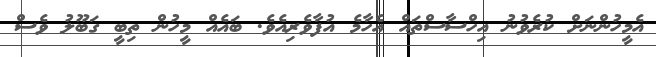
އެމީހުންނަށް ކުރެވުނު އިހްސާސްތައް އެހާމެ އުފާވެރިއެވެ. ބައެއް މީހުން ތިބީ ގަބޫލު ވެސް